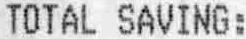
TOTAL SAVING: